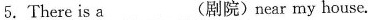
5. There is a ___(剧院)near my house.